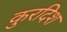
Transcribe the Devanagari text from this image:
कुरदिश